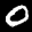
Label: 0